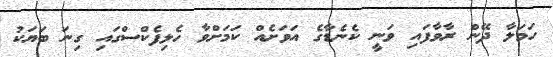
ހަމަލާ ދޭން ރާވާފަައި ވަނީ ކެނެޑާގެ އަވަށެއް ކަމަށްވާ ހެލިފެކްސްގައި ގިނަ ބަޔަކު